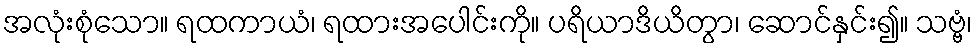
အလုံးစုံသော။ ရထကာယံ၊ ရထားအပေါင်းကို။ ပရိယာဒိယိတွာ၊ ဆောင်နှင်း၍။ သဗ္ဗံ၊